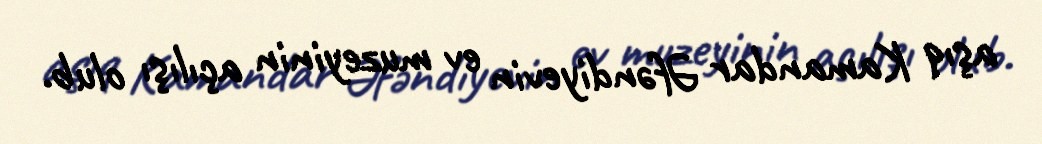
aşıq Kamandar Əfəndiyevin ev muzeyinin açılışı olub.